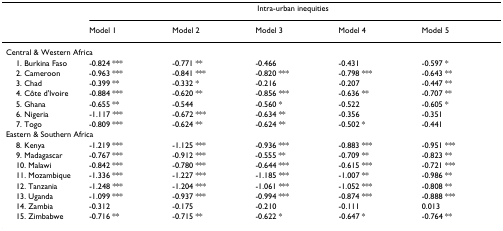
<table><thead><tr><td></td><td colspan="5"><b>Intra-urban inequities</b></td></tr><tr><td></td><td><b>Model 1</b></td><td><b>Model 2</b></td><td><b>Model 3</b></td><td><b>Model 4</b></td><td><b>Model 5</b></td></tr></thead><tbody><tr><td colspan="6">Central &amp; Western Africa</td></tr><tr><td> 1. Burkina Faso</td><td>-0.824 ***</td><td>-0.771 **</td><td>-0.466</td><td>-0.431</td><td>-0.597 *</td></tr><tr><td> 2. Cameroon</td><td>-0.963 ***</td><td>-0.841 ***</td><td>-0.820 ***</td><td>-0.798 ***</td><td>-0.643 **</td></tr><tr><td> 3. Chad</td><td>-0.399 **</td><td>-0.332 *</td><td>-0.216</td><td>-0.207</td><td>-0.447 **</td></tr><tr><td> 4. Côte d&#x27;Ivoire</td><td>-0.884 ***</td><td>-0.620 **</td><td>-0.856 ***</td><td>-0.636 **</td><td>-0.707 **</td></tr><tr><td> 5. Ghana</td><td>-0.655 **</td><td>-0.544</td><td>-0.560 *</td><td>-0.522</td><td>-0.605 *</td></tr><tr><td> 6. Nigeria</td><td>-1.117 ***</td><td>-0.672 ***</td><td>-0.634 **</td><td>-0.356</td><td>-0.351</td></tr><tr><td> 7. Togo</td><td>-0.809 ***</td><td>-0.624 **</td><td>-0.624 **</td><td>-0.502 *</td><td>-0.441</td></tr><tr><td colspan="6">Eastern &amp; Southern Africa</td></tr><tr><td> 8. Kenya</td><td>-1.219 ***</td><td>-1.125 ***</td><td>-0.936 ***</td><td>-0.883 ***</td><td>-0.951 ***</td></tr><tr><td> 9. Madagascar</td><td>-0.767 ***</td><td>-0.912 ***</td><td>-0.555 **</td><td>-0.709 **</td><td>-0.823 **</td></tr><tr><td> 10. Malawi</td><td>-0.842 ***</td><td>-0.780 ***</td><td>-0.644 ***</td><td>-0.615 ***</td><td>-0.721 ***</td></tr><tr><td> 11. Mozambique</td><td>-1.336 ***</td><td>-1.227 ***</td><td>-1.185 ***</td><td>-1.007 **</td><td>-0.986 **</td></tr><tr><td> 12. Tanzania</td><td>-1.248 ***</td><td>-1.204 ***</td><td>-1.061 ***</td><td>-1.052 ***</td><td>-0.808 **</td></tr><tr><td> 13. Uganda</td><td>-1.099 ***</td><td>-0.937 ***</td><td>-0.994 ***</td><td>-0.874 ***</td><td>-0.888 ***</td></tr><tr><td> 14. Zambia</td><td>-0.312</td><td>-0.175</td><td>-0.210</td><td>-0.111</td><td>0.013</td></tr><tr><td> 15. Zimbabwe</td><td>-0.716 **</td><td>-0.715 **</td><td>-0.622 *</td><td>-0.647 *</td><td>-0.764 **</td></tr></tbody></table>